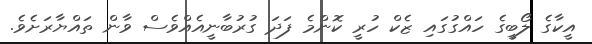
އީކާގެ ލޯބީގެ ހައްގުގައި ޒެކް ހުރީ ކޮންމެ ފަދަ ގުރުބާނީއެއްވެސް ވާން ތައްޔާރަށެވެ.